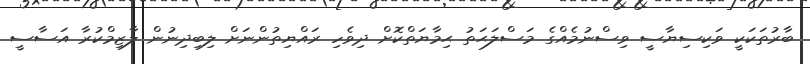
ބާރުތަކަކީ ވަކިސިޔާސީ ވިސްނުމެއްގެ މަސްލަޙަތު ޙިމާޔަތްކޮށް ދިވެހި ރައްޔިތުންނަށް ލިބިދިނުން ލާޒިމްކުރާ އަސާސީ